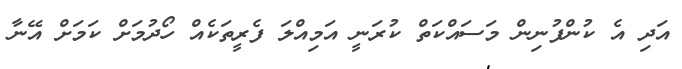
އަދި އެ ކުންފުނިން މަސައްކަތް ކުރަނީ އަމިއްލަ ފެރީތަކެއް ހޯދުމަށް ކަމަށް އޭނާ